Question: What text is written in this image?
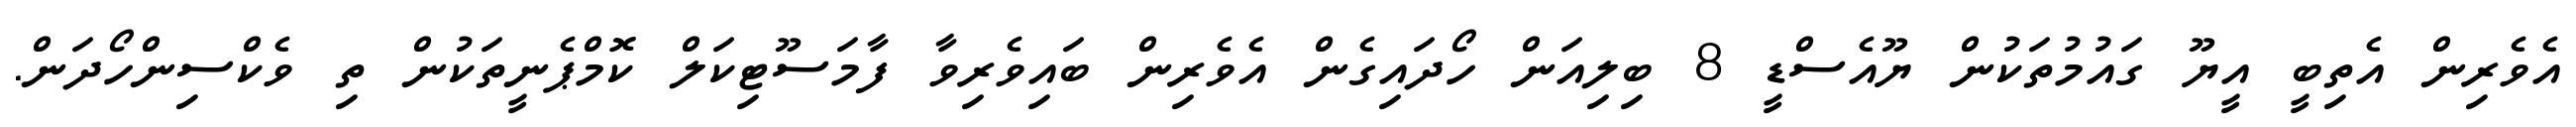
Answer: އެވެރިން އެތިބީ އީޔޫ ގައުމުތަކުން ޔޫއެސްޑީ 8 ބިލިއަން ހޯދައިގެން އެވެރިން ބައިވެރިވާ ފާމަސޫޓިކަލް ކޮމްޕެނީތަކުން ތި ވެކްސިންހޯދަން.